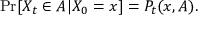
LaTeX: \operatorname* { P r } [ X _ { t } \in A | X _ { 0 } = x ] = P _ { t } ( x , A ) .